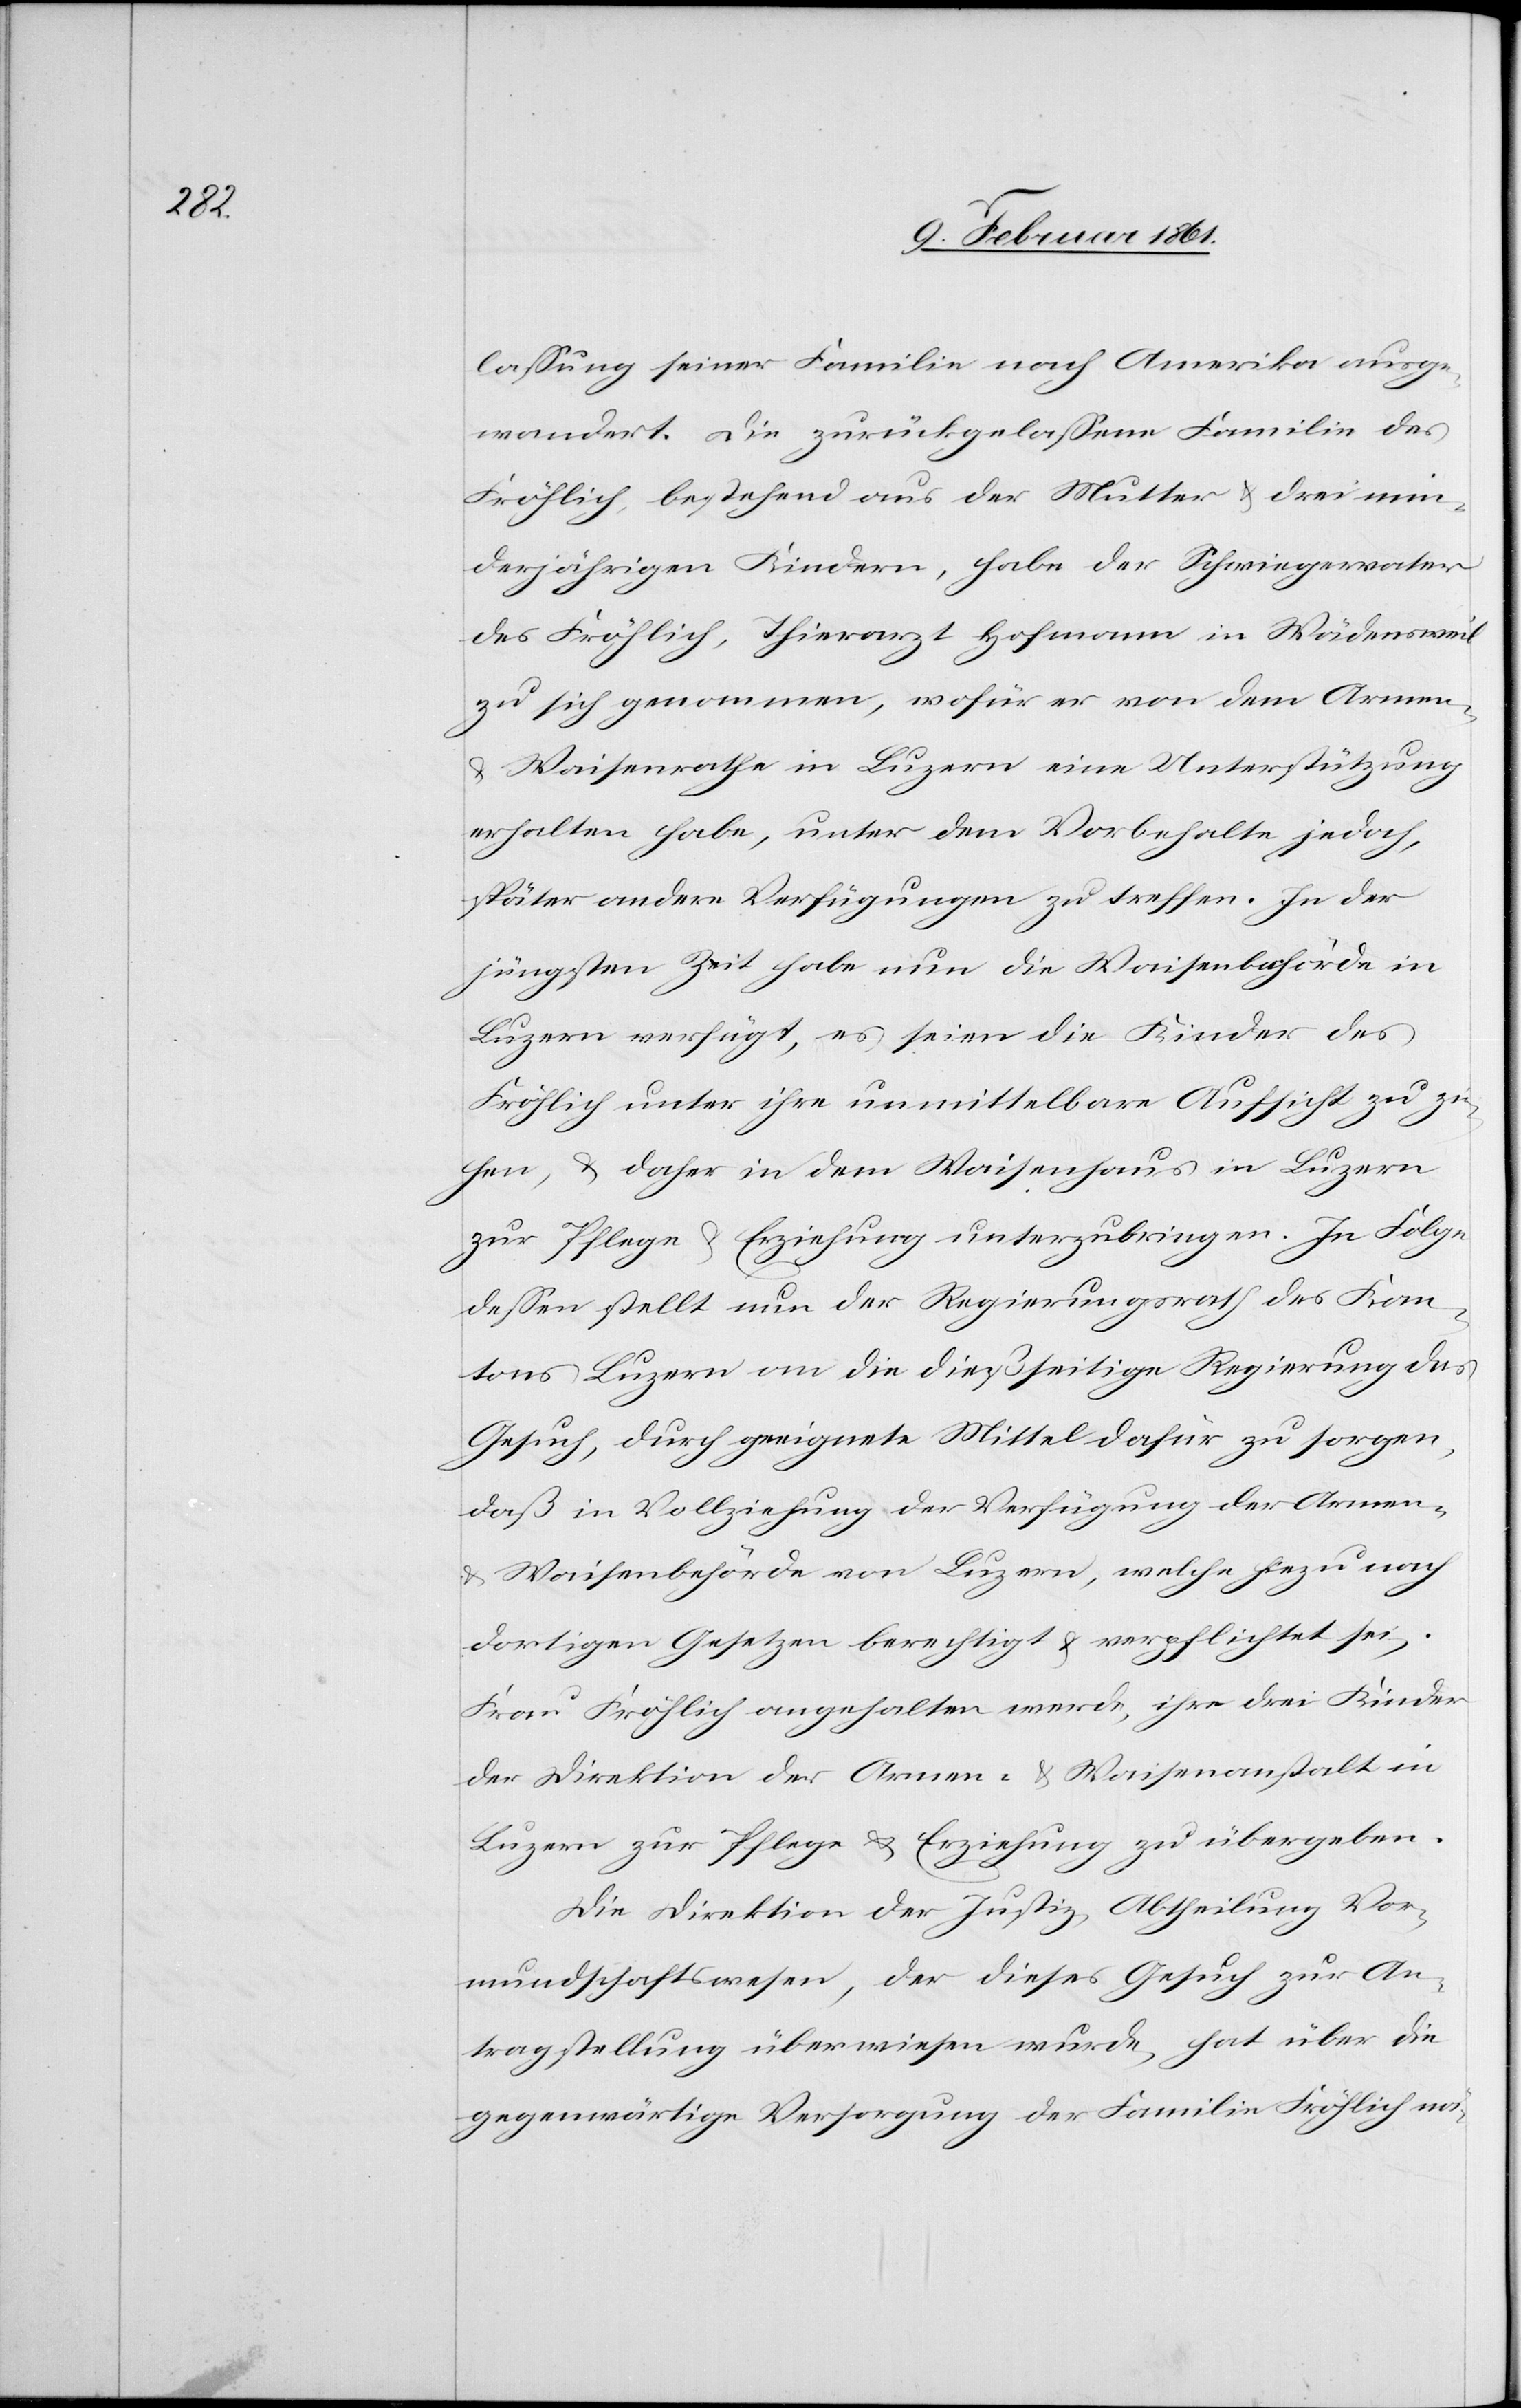
lassung seiner Familie nach Amerika ausge¬
wandert. Die zurückgelassene Familie des
Fröhlich, bestehend aus der Mutter u. drei min¬
derjährigen Kindern, habe der Schwiegervater
des Fröhlich, Thierarzt Hofmann in Wädensweil
zu sich genommen, wofür er von dem Armen-
Waisenrathe in Luzern eine Unterstützung
erhalten habe, unter dem Vorbehalte jedoch,
später andere Verfügungen zu treffen. In der
jüngsten Zeit habe nun die Waisenbehörde in
Luzern verfügt, es seien die Kinder des
Fröhlich unter ihre unmittelbare Aufsicht zu zi¬
ehen, u. daher in dem Waisenhaus in Luzern
zur Pflege u. Erziehung unterzubringen. In Folge
dessen stellt nun der Regierungsrath des Kan¬
tons Luzern an die dießseitige Regierung das
Gesuch, durch geeignete Mittel dafür zu sorgen,
daß in Vollziehung der Verfügung der Armen-
u. Waisenbehörde von Luzern, welche hiezu nach
dortigen Gesetzen berechtigt u. verpflichtet sei,
Frau Fröhlich angehalten werde, ihre drei Kinder
der Direktion der Armen- u. Waisenanstalt in
Luzern zur Pflege u. Erziehung zu übergeben.
Die Direktion der Justiz, Abtheilung Vor¬
mundschaftswesen, der dieses Gesuch zur An¬
tragstellung überwiesen wurde, hat über die
gegenwärtige Versorgung der Familie Fröhlich nä-